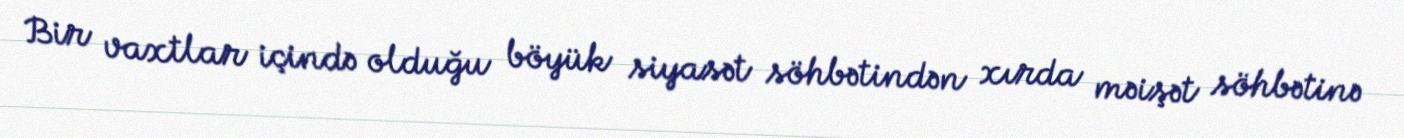
Bir vaxtlar içində olduğu böyük siyasət söhbətindən xırda məişət söhbətinə